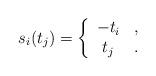
LaTeX: \begin{align*}s_i(t_j)= \left\{ \begin{array}{cc} -t_i & , \\t_j & .\end{array} \right.\end{align*}